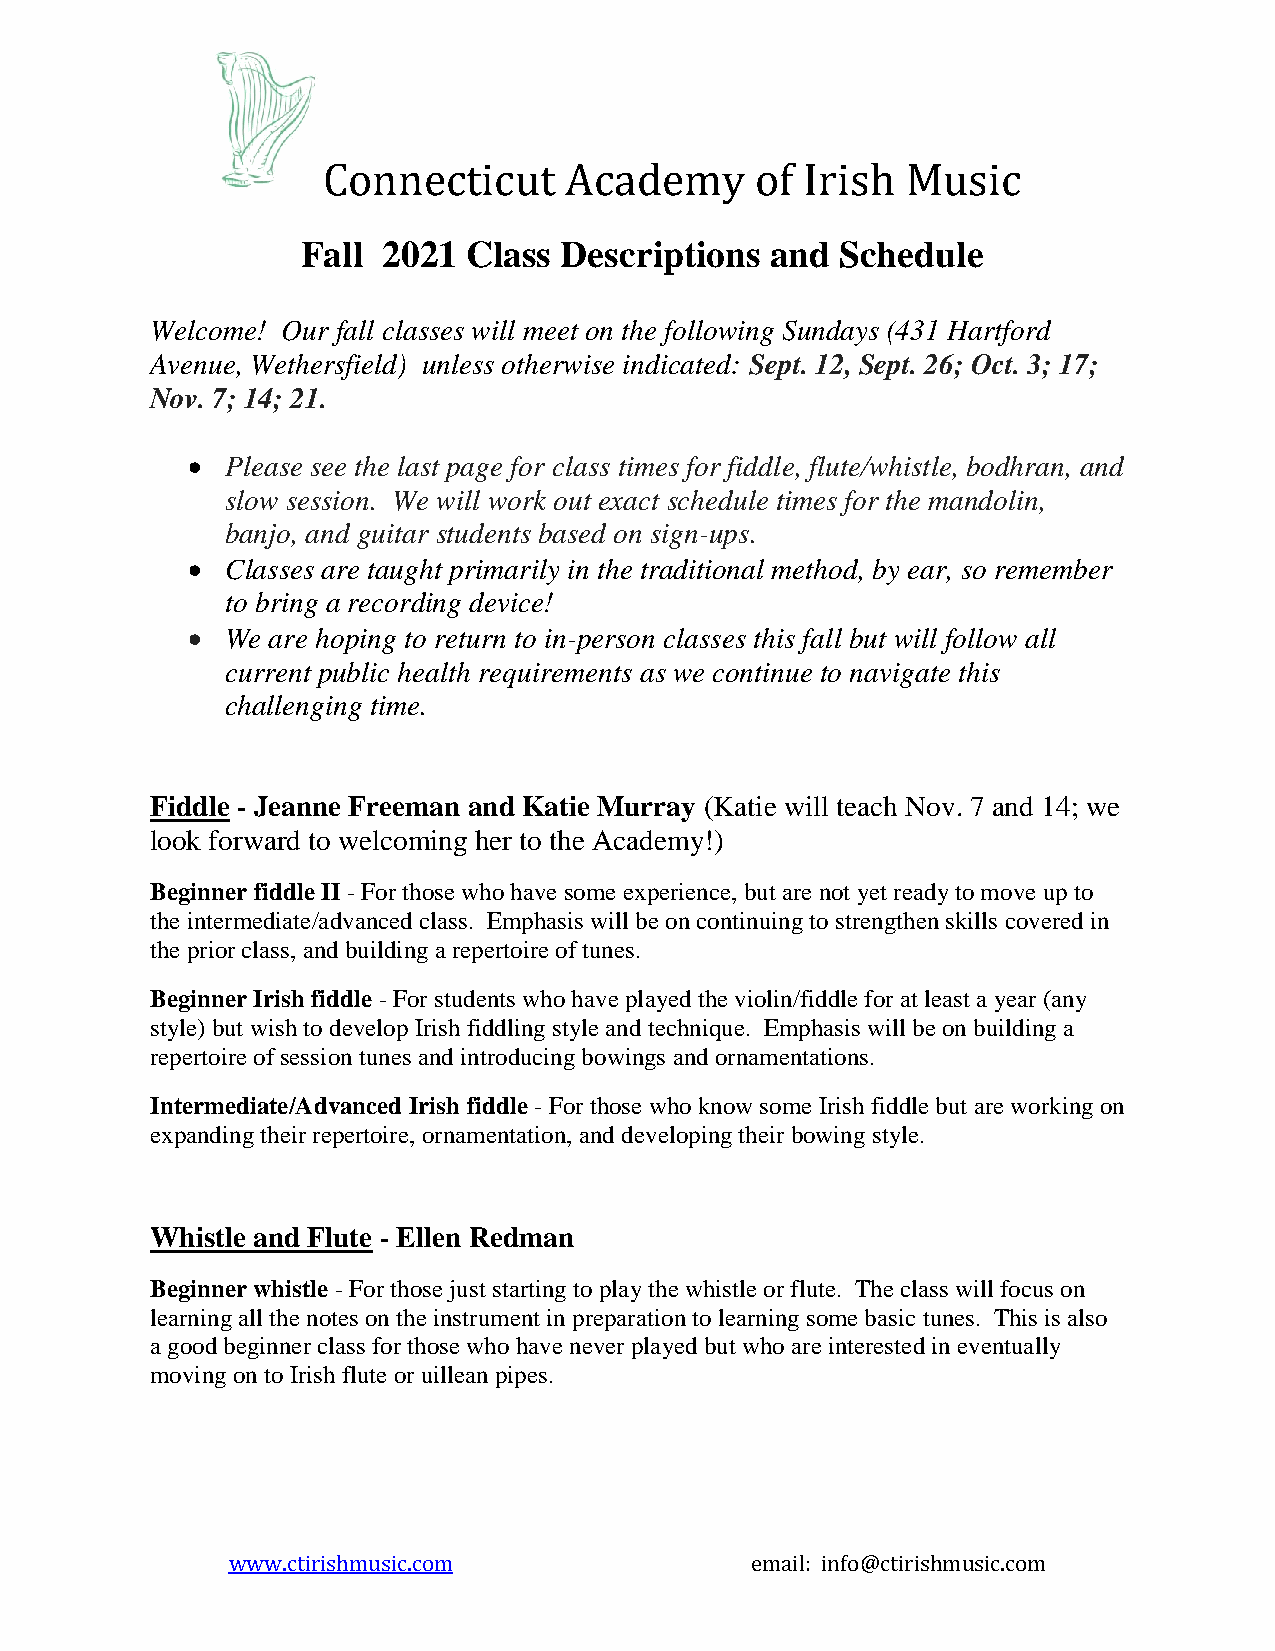
Connecticut     Academy      of Irish  Music
 Fall 2021  Class Descriptions  and  Schedule
 Welcome! Our fall classes will meet on the following Sundays (431 Hartford
 Avenue, Wethersfield) unless otherwise indicated: Sept. 12, Sept. 26; Oct. 3; 17;
 Nov. 7; 14; 21.
   Please see the last page for class times for fiddle, flute/whistle, bodhran, and
 slow session. We will work out exact schedule times for the mandolin,
 banjo, and guitar students based on sign-ups.
   Classes are taught primarily in the traditional method, by ear, so remember
 to bring a recording device!
   We are hoping to return to in-person classes this fall but will follow all
 current public health requirements as we continue to navigate this
 challenging time.
 Fiddle - Jeanne Freeman and Katie Murray (Katie will teach Nov. 7 and 14; we
 look forward to welcoming her to the Academy!)
 Beginner fiddle II - For those who have some experience, but are not yet ready to move up to
 the intermediate/advanced class. Emphasis will be on continuing to strengthen skills covered in
 the prior class, and building a repertoire of tunes.
 Beginner Irish fiddle - For students who have played the violin/fiddle for at least a year (any
 style) but wish to develop Irish fiddling style and technique. Emphasis will be on building a
 repertoire of session tunes and introducing bowings and ornamentations.
 Intermediate/Advanced Irish fiddle - For those who know some Irish fiddle but are working on
 expanding their repertoire, ornamentation, and developing their bowing style.
 Whistle and Flute - Ellen Redman
 Beginner whistle - For those just starting to play the whistle or flute. The class will focus on
 learning all the notes on the instrument in preparation to learning some basic tunes. This is also
 a good beginner class for those who have never played but who are interested in eventually
 moving on to Irish flute or uillean pipes.
 www.ctirishmusic.com               email: info@ctirishmusic.com